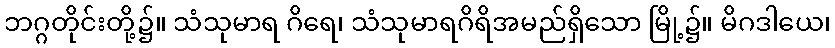
ဘဂ္ဂတိုင်းတို့၌။ သံသုမာရ ဂိရေ၊ သံသုမာရဂိရိအမည်ရှိသော မြို့၌။ မိဂဒါယေ၊